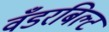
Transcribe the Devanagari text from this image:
वँडरबिल्ट